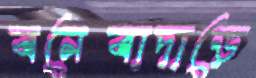
বনেবাদাড়ে